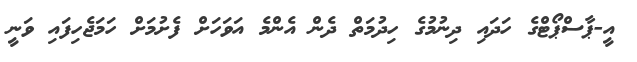
އީ-ޕާސްޕޯޓްގެ ހަދައި ދިނުމުގެ ހިދުމަތް ދެން އެންމެ އަވަހަށް ފެށުމަށް ހަމަޖެހިފައި ވަނީ